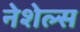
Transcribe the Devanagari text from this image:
नेशेल्स